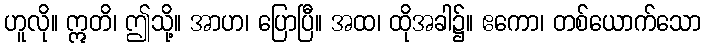
ဟူလို။ ဣတိ၊ ဤသို့။ အာဟ၊ ပြောပြီ။ အထ၊ ထိုအခါ၌။ ဧကော၊ တစ်ယောက်သော